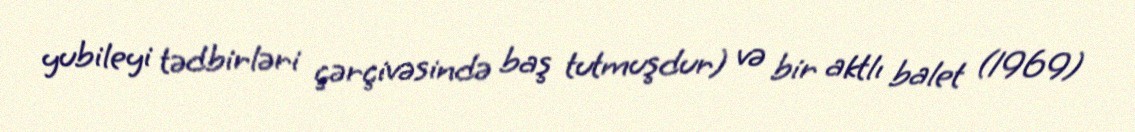
yubileyi tədbirləri çərçivəsində baş tutmuşdur) və bir aktlı balet (1969)